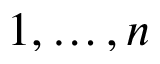
1 , \ldots , n